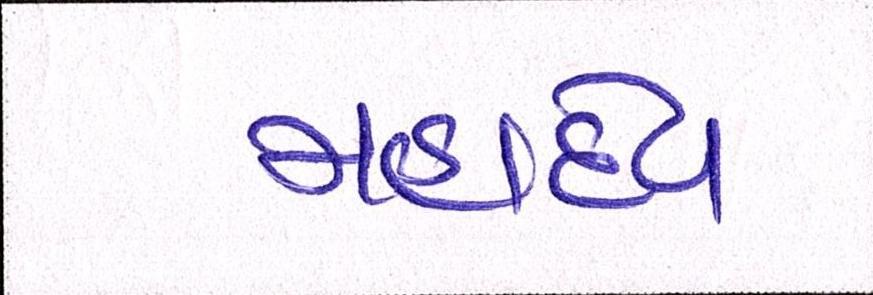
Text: મહાદેવ